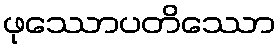
ဖုဿောပတိဿော